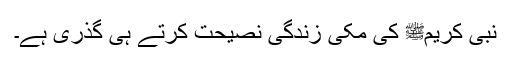
نبی کریمﷺ کی مکی زندگی نصیحت کرتے ہی گذری ہے۔